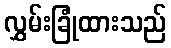
လွှမ်းခြုံထားသည်